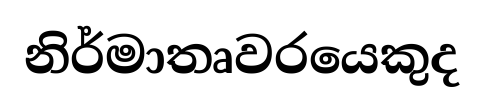
නිර්මාතෘවරයෙකුද